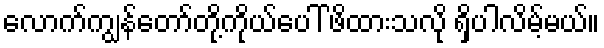
လောက်ကျွန်တော်တို့ကိုယ်ပေါ် ဖိထားသလို ရှိပါလိမ့်မယ်။